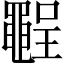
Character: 𪓪